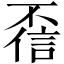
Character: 𫠻